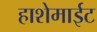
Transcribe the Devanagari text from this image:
हाशेमाईट